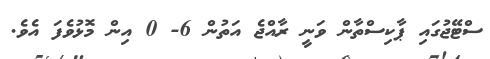
ސްޓޭޖުގައި ޕާކިސްތާން ވަނީ ރާއްޖެ އަތުން 6- 0 އިން މޮޅުވެފަ އެވެ.